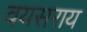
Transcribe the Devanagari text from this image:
वयसराय